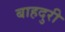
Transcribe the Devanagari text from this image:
बाहदुरी